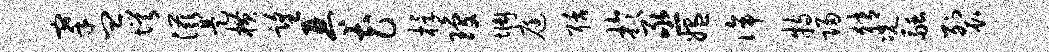
搴皿愕滋是横望琴花桴琼惆庭聒于亟媪侔特归猜况融裂